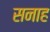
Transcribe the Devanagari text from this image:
सनाह